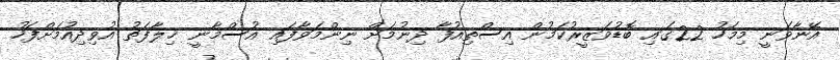
އޭނާވަނީ މިމަހު 22ގައި ބޮޑުވަޒީރުކަމުން އިސްތިއުފާ ދިނުމަށް ނިންމަވާފައި އުސްމާނީ ޚިލާފަތު އުވިދިއުމަށްފަހު